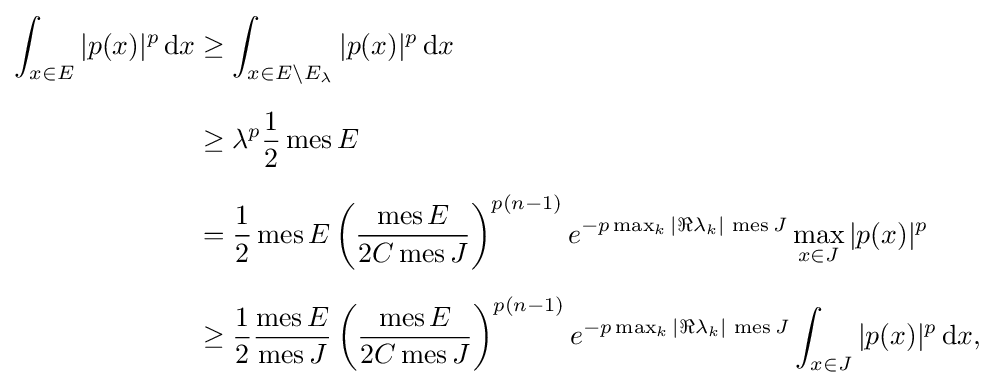
{\begin{aligned}\int _{x\in E}|p(x)|^{p}\,{\mbox{d}}x&\geq \int _{x\in E\setminus E_{\lambda }}|p(x)|^{p}\,{\mbox{d}}x\\[6pt]&\geq \lambda ^{p}{\frac {1}{2}}\operatorname {mes} E\\[6pt]&={\frac {1}{2}}\operatorname {mes} E\left({\frac {\operatorname {mes} E}{2C\operatorname {mes} J}}\right)^{p(n-1)}e^{-p\max _{k}|\Re \lambda _{k}|\,\operatorname {mes} J}\max _{x\in J}|p(x)|^{p}\\[6pt]&\geq {\frac {1}{2}}{\frac {\operatorname {mes} E}{\operatorname {mes} J}}\left({\frac {\operatorname {mes} E}{2C\operatorname {mes} J}}\right)^{p(n-1)}e^{-p\max _{k}|\Re \lambda _{k}|\,\operatorname {mes} J}\int _{x\in J}|p(x)|^{p}\,{\mbox{d}}x,\end{aligned}}